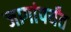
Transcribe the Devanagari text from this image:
जागांपर्यंत